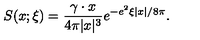
S ( x ; \xi ) = \frac { \gamma \cdot x } { 4 \pi | x | ^ { 3 } } e ^ { - e ^ { 2 } \xi \left| x \right| / 8 \pi } .